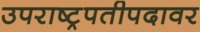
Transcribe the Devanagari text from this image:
उपराष्ट्रपतीपदावर